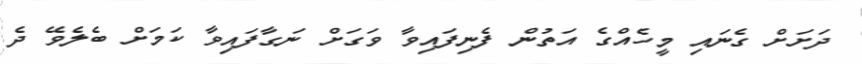
ދަށަށް ގެނައި މީހެއްގެ އަތުން ފެނިފައިވާ ވަގަށް ނަގާފައިވާ ކަމަށް ބެލެވޭ ދެ